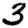
Digit: 3